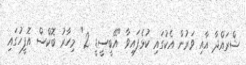
ޝްރައްދާ އާއި ވަރުން އެކުގައި ކުޅެފައިވާ "އޭބީސީޑީ 2" މިހާރު ބޮކްސް އޮފީހުގައި